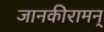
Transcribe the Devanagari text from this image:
जानकीरामन्